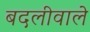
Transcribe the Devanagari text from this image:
बदलीवाले